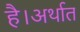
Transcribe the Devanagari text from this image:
है।अर्थात